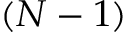
( N - 1 )